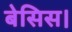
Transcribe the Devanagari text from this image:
बेसिस।